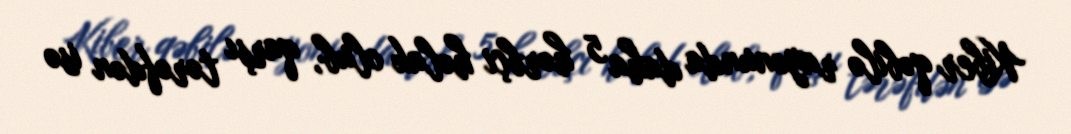
Kiber qəbilə rayonunda daha 5 hərbçi həlak olub, qarşı tərəfdən isə